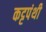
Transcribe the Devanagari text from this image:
कट्टपंथी